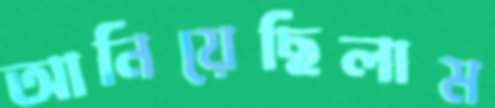
আনিয়েছিলাম